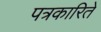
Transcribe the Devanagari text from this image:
पत्रकारिते